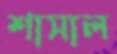
শাসাল